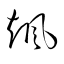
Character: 颯